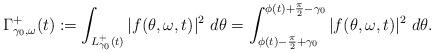
LaTeX: \begin{align*}\Gamma_{\gamma_0, \omega}^+(t):=\int_{L^+_{\gamma_0}(t)} |f(\theta, \omega, t)|^2 ~ d\theta = \int_{\phi(t) - \frac{\pi}{2} + \gamma_0}^{\phi(t) + \frac{\pi}{2} - \gamma_0} |f(\theta,\omega, t)|^2 ~ d\theta.\end{align*}